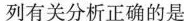
列有关分析正确的是